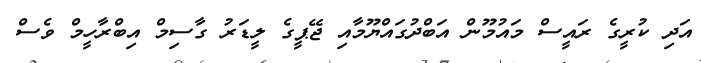
އަދި ކުރީގެ ރައީސް މައުމޫން އަބްދުގައްޔޫމާއި ޖޭޕީގެ ލީޑަރު ގާސިމް އިބްރާހީމް ވެސް